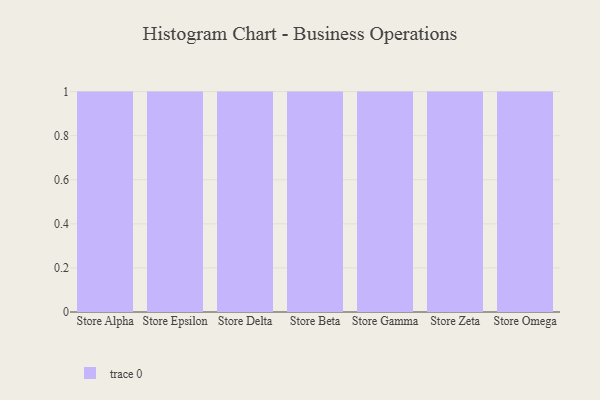
{"axis": {"x": "Store", "y": "Shipments"}, "legend": [""], "data": [{"x": "Store Alpha", "y": 49, "type": ""}, {"x": "Store Epsilon", "y": 2, "type": ""}, {"x": "Store Delta", "y": 33, "type": ""}, {"x": "Store Beta", "y": 29, "type": ""}, {"x": "Store Gamma", "y": 9, "type": ""}, {"x": "Store Zeta", "y": 12, "type": ""}, {"x": "Store Omega", "y": 21, "type": ""}]}